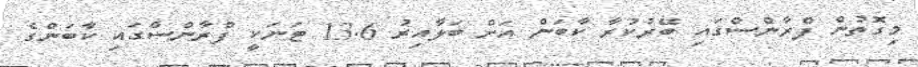
މިގޮތުން ފްރާންސްގައި ބޭރުކުރާ ކާބަން އަށް ބަލާއިރު 13.6 ޓަނަކީ ފްރާންސްގައި ކާބަންގެ